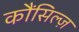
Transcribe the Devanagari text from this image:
कौंसिल्‍ज़